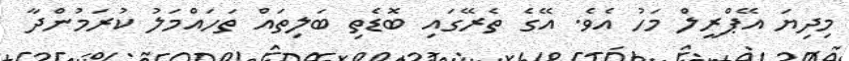
މިދިޔަ އޭޕްރީލް މަހު އެވެ. އޭގެ ތެރޭގައި ބޮޑެތި ބަލިތައް ތަހައްމަލު ކުރަމުންދާ